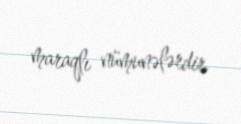
maraqlı nümunələrdir.